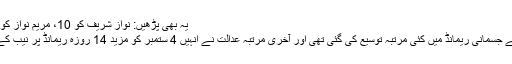
یہ بھی پڑھیں: نواز شریف کو 10، مریم نواز کو 7 سال قید بامشقت
جس کے بعد ان کے جسمانی ریمانڈ میں کئی مرتبہ توسیع کی گئی تھی اور آخری مرتبہ عدالت نے انہیں 4 ستمبر کو مزید 14 روزہ ریمانڈ پر نیب کے حوالے کردیا تھا۔